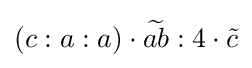
(c:a:a)\cdot {\widetilde {ab}}:4\cdot {\tilde {c}}